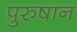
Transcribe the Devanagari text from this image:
पुरुषान